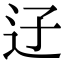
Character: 䢊